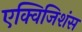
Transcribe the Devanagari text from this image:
एक्विजिशंस